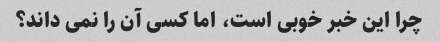
چرا این خبر خوبی است، اما کسی آن را نمی داند؟